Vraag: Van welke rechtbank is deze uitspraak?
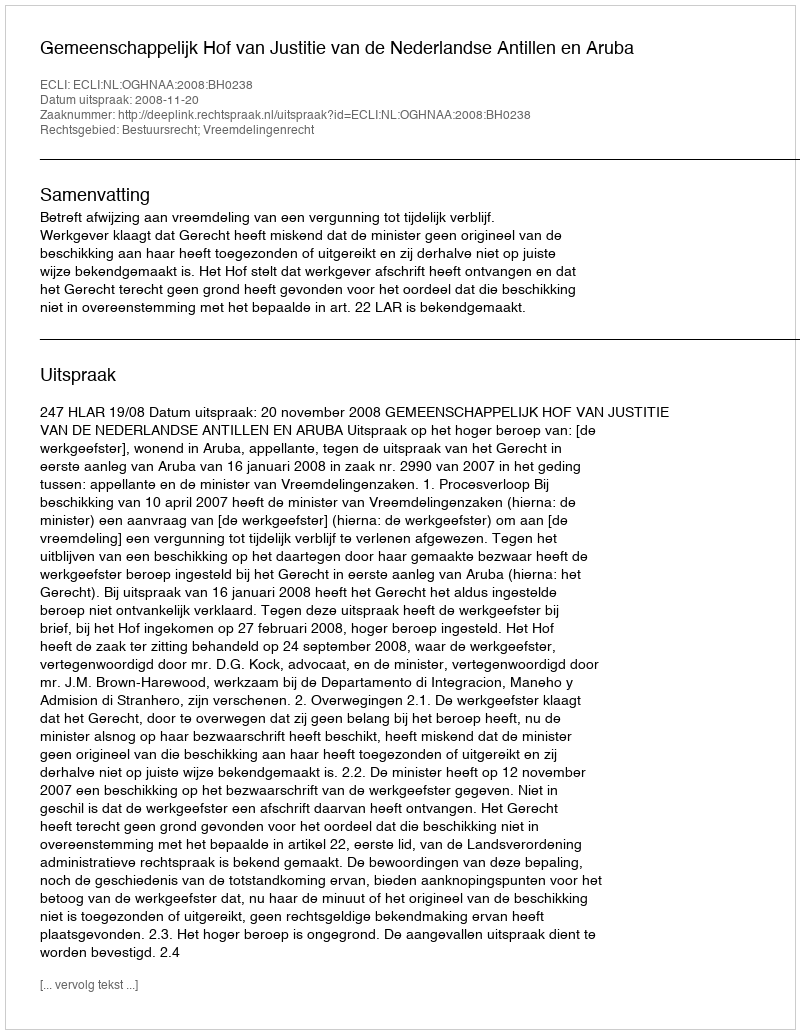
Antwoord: Gemeenschappelijk Hof van Justitie van de Nederlandse Antillen en Aruba